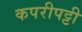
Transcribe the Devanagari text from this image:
कपरीपट्टी